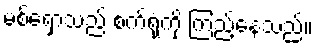
မစ်ရှောသည် စက်ရုံကို ကြည့်နေသည်။